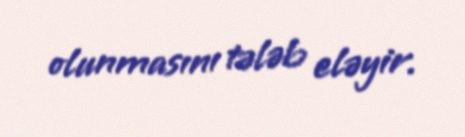
olunmasını tələb eləyir.